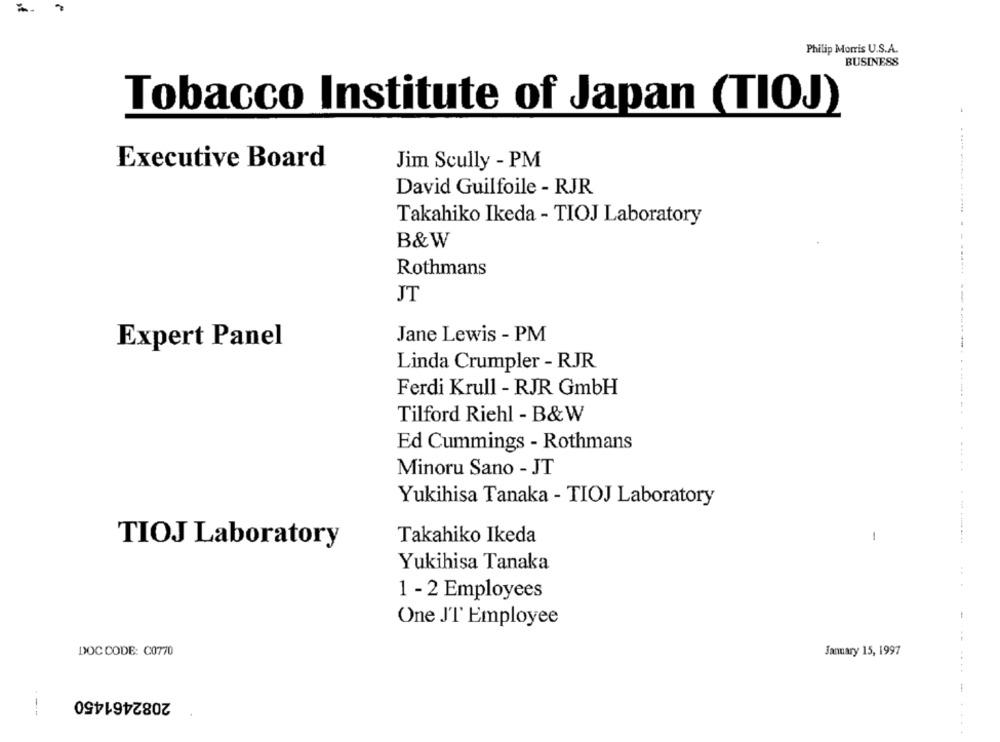
Philip Morris U.S.A.
BUSINESS
Tobacco Institute of Japan (TIOJ)
Executive Board
Jim Scully - PM
David Guilfoile - RJR
Takahiko Ikeda - TIOJ Laboratory
B&W
Rothmans
JT
Jane Lewis - PM
Expert Panel
Linda Crumpler - RJR
Ferdi Krull - RJR GmbH
Tilford Riehl - B& W
Ed Cummings - Rothmans
Minoru Sano - JT
Yukihisa Tanaka - TIOJ Laboratory
----
Takahiko Ikeda
1
TIOJ Laboratory
Yukihisa Tanaka
1 - 2 Employees
One J'T Employee
DOC CODE: C0770
January 15, 1997
2082461450